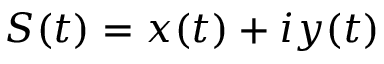
S ( t ) = x ( t ) + i y ( t )